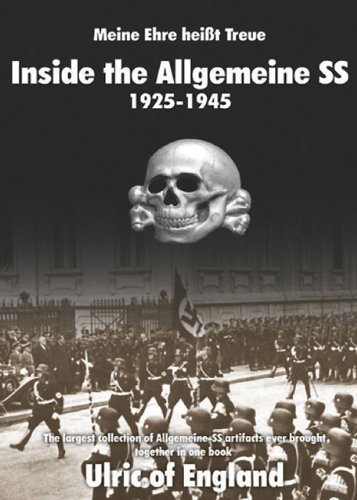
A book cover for MEINE EHRE HEIST TREUE: Inside the Allgemeine SS 1925 - 1945; Ulric of England; Crafts, Hobbies & Home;